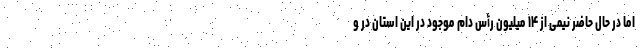
اما در حال حاضر نیمی از ۱۴ میلیون رأس دام موجود در این استان در و